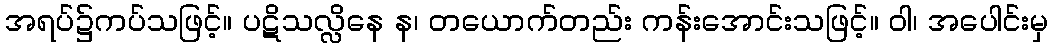
အရပ်၌ကပ်သဖြင့်။ ပဋိသလ္လိနေ န၊ တယောက်တည်း ကန်းအောင်းသဖြင့်။ ဝါ၊ အပေါင်းမှ